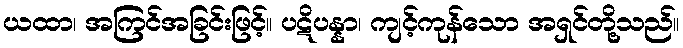
ယထာ၊ အကြင်အခြင်းဖြင့်။ ပဋိပန္နာ၊ ကျင့်ကုန်သော အရှင်တို့သည်။